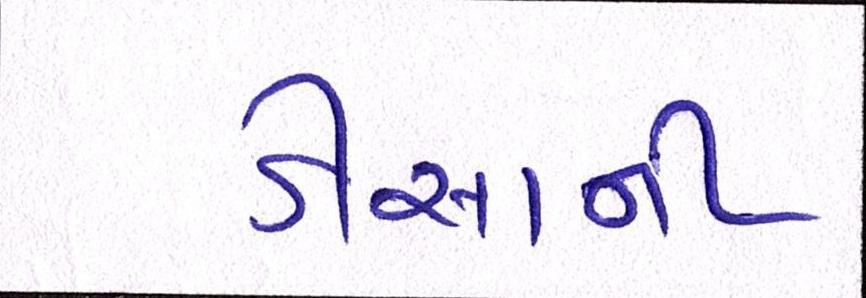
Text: ડીસાની